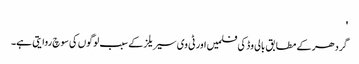
'
گردھر کے مطابق بالی وڈ کی فلمیں اور ٹی وی سیریلز کے سبب لوگوں کی سوچ روایتی ہے۔